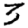
Digit: 3